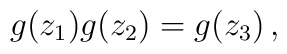
g(z_{1})g(z_{2})=g(z_{3})\,,